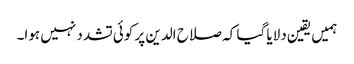
ہمیں یقین دلایا گیا کہ صلاح الدین پر کوئی تشدد نہیں ہوا۔